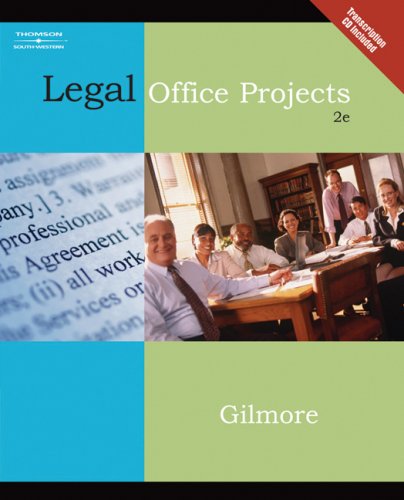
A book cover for Legal Office Projects (with CD-ROM) (Legal Office Procedures); Diane M. Gilmore; Business & Money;